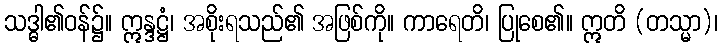
သဒ္ဓါ၏ဝန်၌။ ဣန္ဒဋ္ဌံ၊ အစိုးရသည်၏ အဖြစ်ကို။ ကာရေတိ၊ ပြုစေ၏။ ဣတိ (တသ္မာ)၊